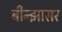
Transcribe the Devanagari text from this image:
बीन्झासर